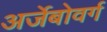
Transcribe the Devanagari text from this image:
अर्जेबोवर्ग